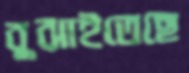
বুঝাইতেছে